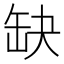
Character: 缺